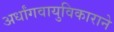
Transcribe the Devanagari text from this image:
अर्धांगवायुविकाराने